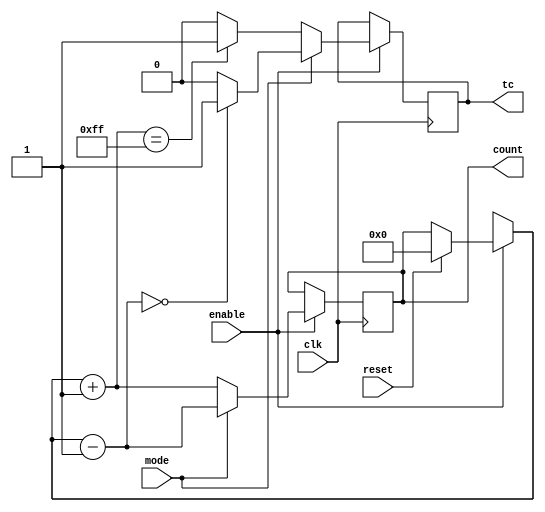
module bitupdown( clk,enable,reset,mode, count,tc);
input clk,enable,reset,mode;
output reg [7:0]count;
output reg tc;
always @(posedge clk)
begin
	if(enable)
	begin
	if(reset)
	begin
	count=0;
	tc=0;
	end
	if(mode==0)
	begin
	count=count+1;
	if(count==255)
	tc=1;
	else
	tc=0;
	end
	else
	begin
	count=count-1;
	if(count==0)
	tc=1;
	else
	tc=0;
	end
	end
 end
endmodule